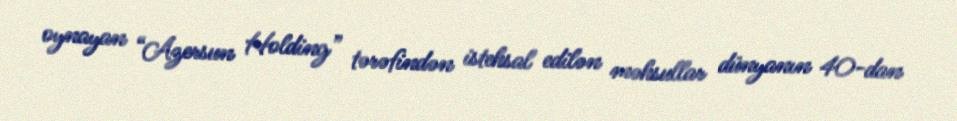
oynayan “Azersun Holding” tərəfindən istehsal edilən məhsullar dünyanın 40-dan